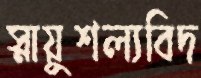
স্নায়ুশল্যবিদ